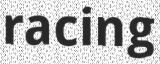
racing